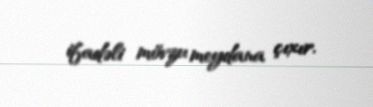
ifadəli mövzu meydana çıxır.